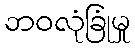
ဘဝလုံခြုံမှု